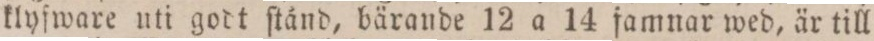
klyfware uti godt ſtånd, bärande 12 a 14 famnar wed, är till